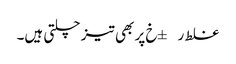
غلط ر±خ پر بھی تیز چلتی ہیں۔